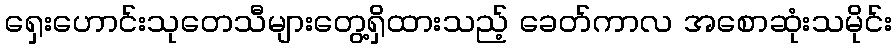
ရှေးဟောင်းသုတေသီများတွေ့ရှိထားသည့် ခေတ်ကာလ အစောဆုံးသမိုင်း